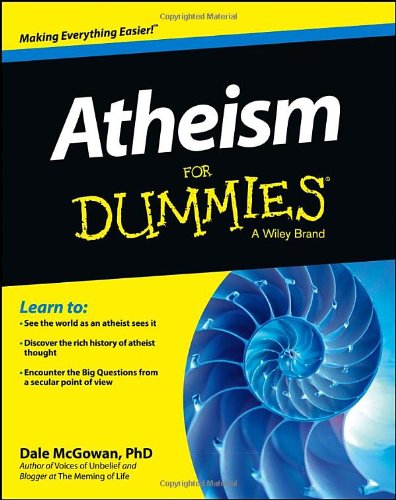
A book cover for Atheism For Dummies; Dale McGowan; Religion & Spirituality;